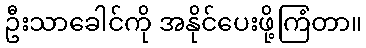
ဦးသာခေါင်ကို အနိုင်ပေးဖို့ကြံတာ။